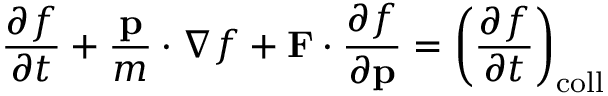
{ \frac { \partial f } { \partial t } } + { \frac { \mathbf { p } } { m } } \cdot \nabla f + \mathbf { F } \cdot { \frac { \partial f } { \partial \mathbf { p } } } = \left( { \frac { \partial f } { \partial t } } \right) _ { \mathrm { c o l l } }